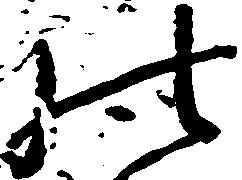
の